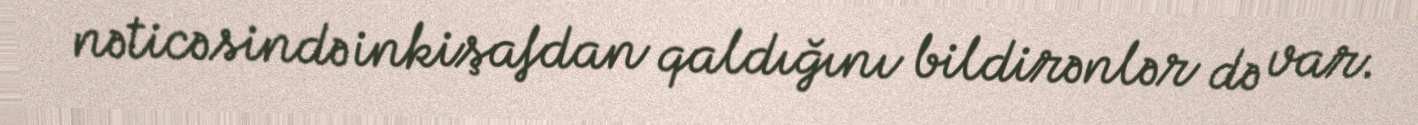
nəticəsində inkişafdan qaldığını bildirənlər də var.